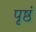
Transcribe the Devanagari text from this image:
पृष्ठं